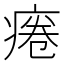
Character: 𤷄